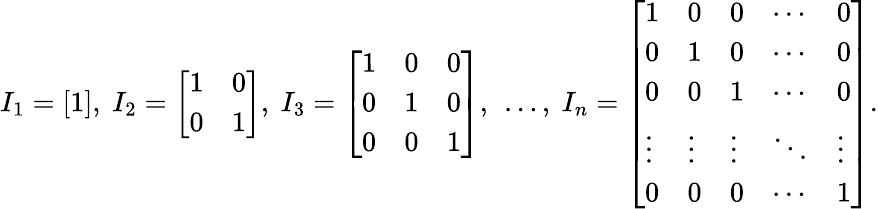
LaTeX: I_{1}={\left[\begin{array}{l}{1}\end{array}\right]},\ I_{2}={\left[\begin{array}{ll}{1}&{0}\\ {0}&{1}\end{array}\right]},\ I_{3}={\left[\begin{array}{lll}{1}&{0}&{0}\\ {0}&{1}&{0}\\ {0}&{0}&{1}\end{array}\right]},\ \dots,\ I_{n}={\left[\begin{array}{lllll}{1}&{0}&{0}&{\cdots}&{0}\\ {0}&{1}&{0}&{\cdots}&{0}\\ {0}&{0}&{1}&{\cdots}&{0}\\ {\vdots}&{\vdots}&{\vdots}&{\ddots}&{\vdots}\\ {0}&{0}&{0}&{\cdots}&{1}\end{array}\right]}.